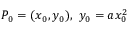
P _ { 0 } = ( x _ { 0 } , y _ { 0 } ) , \ y _ { 0 } = a x _ { 0 } ^ { 2 }